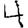
Digit: 4